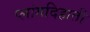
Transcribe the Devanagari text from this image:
प्लांगदिहाती